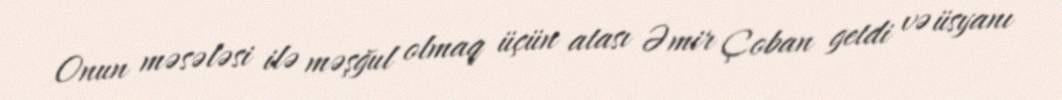
Onun məsələsi ilə məşğul olmaq üçün atası Əmir Çoban getdi və üsyanı